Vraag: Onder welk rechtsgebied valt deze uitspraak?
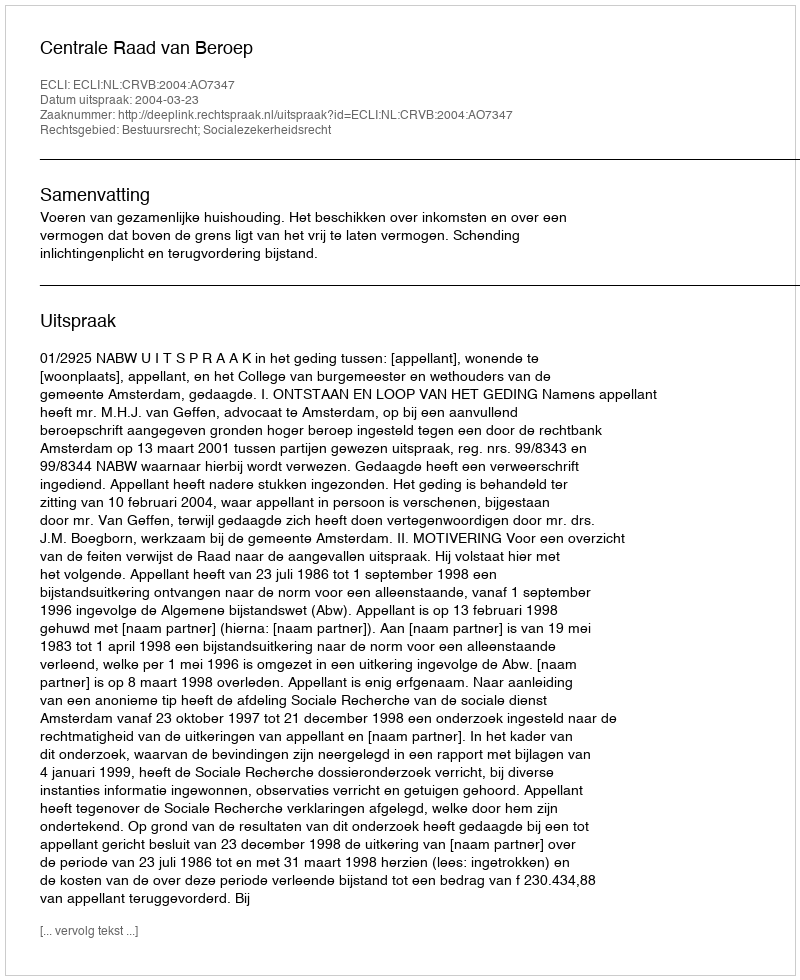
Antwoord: Bestuursrecht; Socialezekerheidsrecht